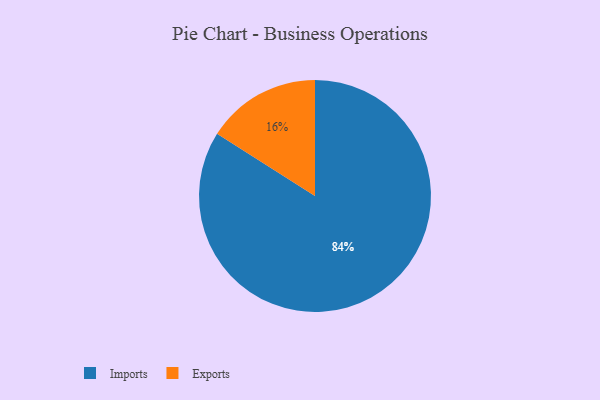
{"axis": {"x": "Category", "y": "Percentage"}, "legend": ["Exports", "Imports"], "data": [{"x": "Imports", "y": 84, "type": "Imports"}, {"x": "Exports", "y": 16, "type": "Exports"}]}